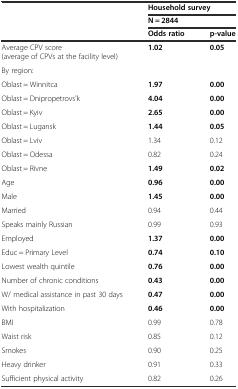
<table><thead><tr><td rowspan="2"></td><td colspan="2"><b>Household survey</b></td></tr><tr><td colspan="2"><b>N = 2844</b></td></tr><tr><td></td><td><b>Odds ratio</b></td><td><b>p-value</b></td></tr></thead><tbody><tr><td>Average CPV score (average of CPVs at the facility level)</td><td><b>1.02</b></td><td><b>0.05</b></td></tr><tr><td>By region:</td><td></td><td></td></tr><tr><td>Oblast = Winnitca</td><td><b>1.97</b></td><td><b>0.00</b></td></tr><tr><td>Oblast = Dnipropetrovs&#x27;k</td><td><b>4.04</b></td><td><b>0.00</b></td></tr><tr><td>Oblast = Kyiv</td><td><b>2.65</b></td><td><b>0.00</b></td></tr><tr><td>Oblast = Lugansk</td><td><b>1.44</b></td><td><b>0.05</b></td></tr><tr><td>Oblast = Lviv</td><td>1.34</td><td>0.12</td></tr><tr><td>Oblast = Odessa</td><td>0.82</td><td>0.24</td></tr><tr><td>Oblast = Rivne</td><td><b>1.49</b></td><td><b>0.02</b></td></tr><tr><td>Age</td><td><b>0.96</b></td><td><b>0.00</b></td></tr><tr><td>Male</td><td><b>1.45</b></td><td><b>0.00</b></td></tr><tr><td>Married</td><td>0.94</td><td>0.44</td></tr><tr><td>Speaks mainly Russian</td><td>0.99</td><td>0.93</td></tr><tr><td>Employed</td><td><b>1.37</b></td><td><b>0.00</b></td></tr><tr><td>Educ = Primary Level</td><td><b>0.74</b></td><td><b>0.10</b></td></tr><tr><td>Lowest wealth quintile</td><td><b>0.76</b></td><td><b>0.00</b></td></tr><tr><td>Number of chronic conditions</td><td><b>0.43</b></td><td><b>0.00</b></td></tr><tr><td>W/ medical assistance in past 30 days</td><td><b>0.47</b></td><td><b>0.00</b></td></tr><tr><td>With hospitalization</td><td><b>0.46</b></td><td><b>0.00</b></td></tr><tr><td>BMI</td><td>0.99</td><td>0.78</td></tr><tr><td>Waist risk</td><td>0.85</td><td>0.12</td></tr><tr><td>Smokes</td><td>0.90</td><td>0.25</td></tr><tr><td>Heavy drinker</td><td>0.91</td><td>0.33</td></tr><tr><td>Sufficient physical activity</td><td>0.82</td><td>0.26</td></tr></tbody></table>